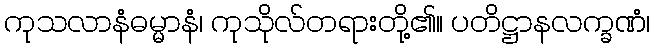
ကုသလာနံဓမ္မာနံ၊ ကုသိုလ်တရားတို့၏။ ပတိဋ္ဌာနလက္ခဏံ၊